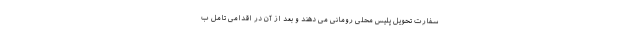
سفارت تحویل پلیس محلی رومانی می دهند و بعد از آن در اقدامی تامل ب